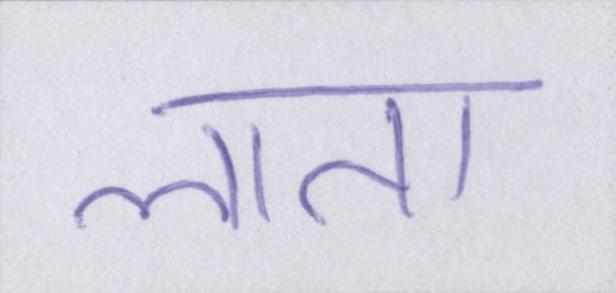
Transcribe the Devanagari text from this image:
लाता